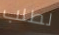
لطلب